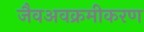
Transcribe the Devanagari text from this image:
जैवअवक्रमीकरण